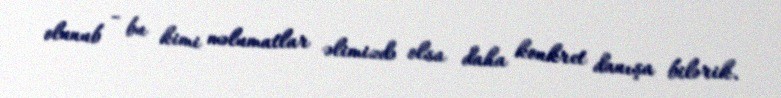
olunub - bu kimi məlumatlar əlimizdə olsa daha konkret danışa bilərik.